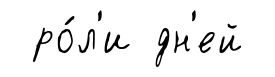
ро́л'и дн'ей